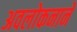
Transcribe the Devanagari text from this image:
अवलोकनाने